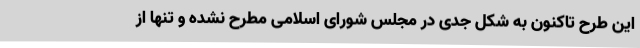
این طرح تاکنون به شکل جدی در مجلس شورای اسلامی مطرح نشده و تنها از